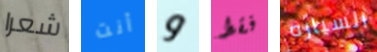
شعرا أنت و فقط السياره